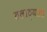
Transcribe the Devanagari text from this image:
तलाठ्याला